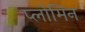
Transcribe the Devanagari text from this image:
प्लोमिन